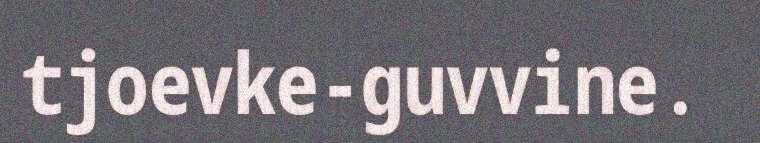
tjoevke-guvvine.